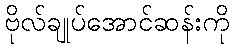
ဗိုလ်ချုပ်အောင်ဆန်းကို